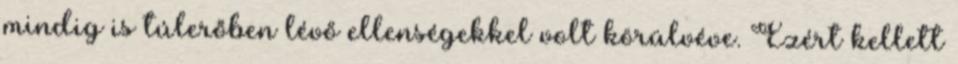
mindig is túlerőben lévő ellenségekkel volt körülvéve. Ezért kellett